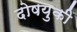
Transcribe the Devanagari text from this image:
दोषयुकी